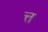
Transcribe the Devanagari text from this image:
त्त